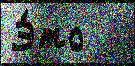
Э́то